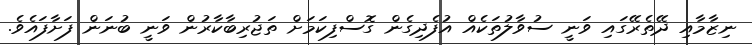
ނިޒާމާއި ދޭތެރޭގައި ވަނީ ސުވާލުތަކެއް އުފެދިގެން ގޮސްފިކަމަށް ތަޖުރިބާކާރުން ވަނީ ބުނަން ފަށާފައެވެ.